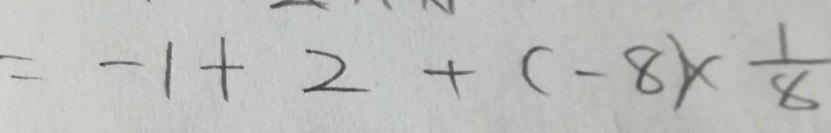
= - 1 + 2 + ( - 8 ) \times \frac { 1 } { 8 }